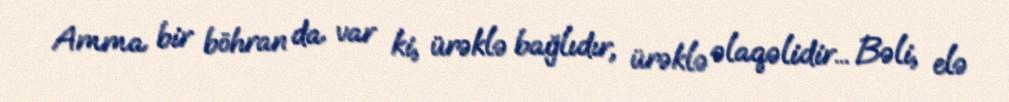
Amma bir böhran da var ki, ürəklə bağlıdır, ürəklə əlaqəlidir... Bəli, elə